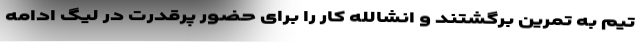
تیم به تمرین برگشتند و انشالله کار را برای حضور پرقدرت در لیگ ادامه